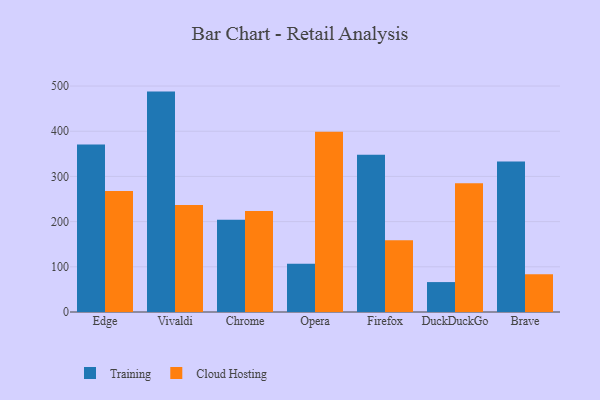
{"axis": {"x": "Browser", "y": "Satisfaction Score"}, "legend": ["Cloud Hosting", "Training"], "data": [{"x": "Edge", "y": 370.7, "type": "Training"}, {"x": "Edge", "y": 268.0, "type": "Cloud Hosting"}, {"x": "Vivaldi", "y": 487.7, "type": "Training"}, {"x": "Vivaldi", "y": 236.8, "type": "Cloud Hosting"}, {"x": "Chrome", "y": 204.0, "type": "Training"}, {"x": "Chrome", "y": 223.5, "type": "Cloud Hosting"}, {"x": "Opera", "y": 106.6, "type": "Training"}, {"x": "Opera", "y": 398.6, "type": "Cloud Hosting"}, {"x": "Firefox", "y": 348.1, "type": "Training"}, {"x": "Firefox", "y": 159.0, "type": "Cloud Hosting"}, {"x": "DuckDuckGo", "y": 66.2, "type": "Training"}, {"x": "DuckDuckGo", "y": 284.8, "type": "Cloud Hosting"}, {"x": "Brave", "y": 333.2, "type": "Training"}, {"x": "Brave", "y": 83.7, "type": "Cloud Hosting"}]}